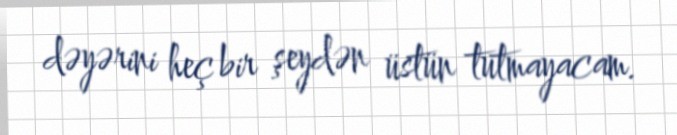
dəyərini heç bir şeydən üstün tutmayacam.